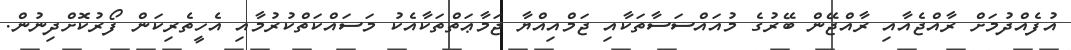
އުފެއްދުމަށް ރާއްޖެއާއި ރާއްޖޭން ބޭރުގެ މުއައްސަސާތަކާއި ޖަމްއިއްޔާ ޖަމާޢަތްތަކާއެކު މަސައްކަތްކުރުމާއި އެހީތެރިކަން ފޯރުކޮށްދިނުން.